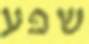
שפע